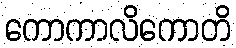
ကောကာလိကောတိ